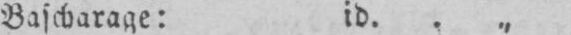
Bascharage: id.. „